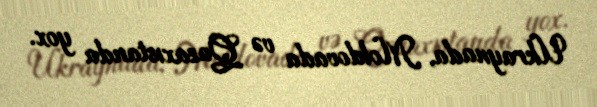
Ukraynada, Moldovada və Qazaxıstanda yox.